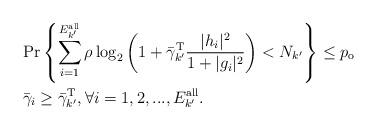
\begin{align*}&\textrm{Pr}\left\{\sum_{i=1}^{E^{\textrm{all}}_{k'}}\rho \log_2\left(1+\bar{\gamma}_{k'}^{\textrm{T}}\frac{|h_i|^2}{1+|g_i|^2}\right)< N_{k'}\right\}\leq p_\textrm{o}\\&\bar{\gamma}_i\geq \bar{\gamma}_{k'}^{\textrm{T}}, \forall i=1,2,...,E^{\textrm{all}}_{k'}. \end{align*}